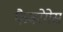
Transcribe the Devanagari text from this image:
फैबरेगेस